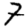
Digit: 7